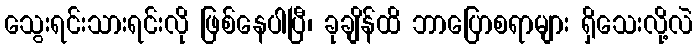
သွေးရင်းသားရင်းလို ဖြစ်နေပါပြီ၊ ခုချိန်ထိ ဘာပြောစရာများ ရှိသေးလို့လဲ